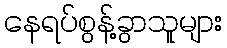
နေရပ်စွန့်ခွာသူများ